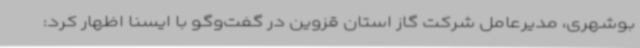
بوشهری، مدیرعامل شرکت گاز استان قزوین در گفت‌وگو با ایسنا اظهار کرد: